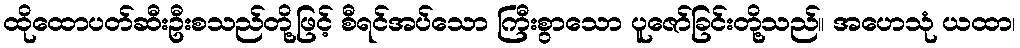
ထိုထောပတ်ဆီးဦးစသည်တို့ဖြင့် စီရင်အပ်သော ကြီးစွာသော ပူဇော်ခြင်းတို့သည်။ အဟေသုံ ယထာ၊